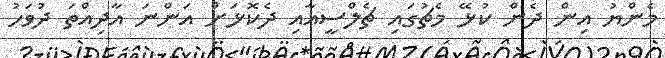
މެންޔު އިން ދެން ކުޅޭ މެޗުގައި ޗެލްސީއާއި ދެކޮޅަށް އަންނަ އާދިއްތަ ދުވަހު